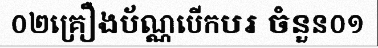
០២គ្រឿងប័ណ្ណបើកបរ ចំនួន០១